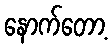
နောက်တော့